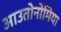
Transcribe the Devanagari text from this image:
आउतोनोमिया